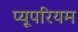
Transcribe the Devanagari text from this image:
प्यूपरियम